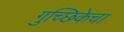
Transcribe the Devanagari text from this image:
गुच्छिकेचा